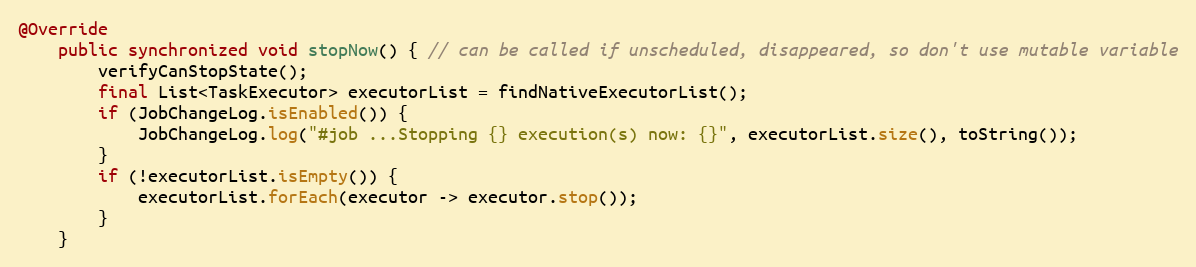
Language: Java
@Override
    public synchronized void stopNow() { // can be called if unscheduled, disappeared, so don't use mutable variable
        verifyCanStopState();
        final List<TaskExecutor> executorList = findNativeExecutorList();
        if (JobChangeLog.isEnabled()) {
            JobChangeLog.log("#job ...Stopping {} execution(s) now: {}", executorList.size(), toString());
        }
        if (!executorList.isEmpty()) {
            executorList.forEach(executor -> executor.stop());
        }
    }